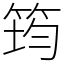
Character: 筠